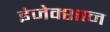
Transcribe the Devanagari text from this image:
इंजेक्शान